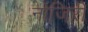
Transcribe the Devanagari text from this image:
नोजिरी